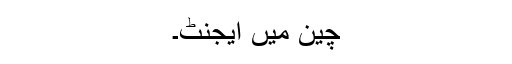
چین میں ایجنٹ۔